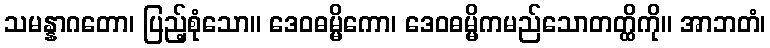
သမန္နာဂတော၊ ပြည့်စုံသော။ ဒေဝဓမ္မိကော၊ ဒေဝဓမ္မိကမည်သောတတ္ထိကို။ အာဘတံ၊